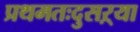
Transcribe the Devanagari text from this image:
प्रथमतःदुसऱ्या